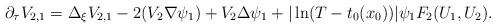
LaTeX: \begin{align*}\partial_\tau V_{2,1} = \Delta_\xi V_{2,1} - 2 (V_2 \nabla \psi_1) + V_2 \Delta \psi_1 + |\ln (T-t_0(x_0))|\psi_1 F_2 (U_1,U_2) .\end{align*}